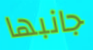
جانبها